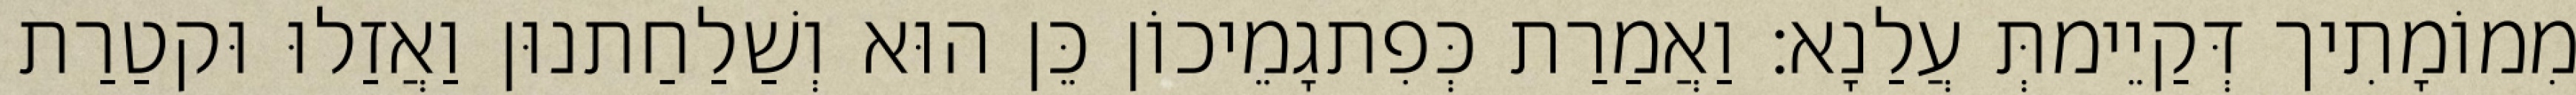
מִמוֹמָתִיך דְּקַיֵימתְּ עֲלַנָא׃ וַאֲמַרַת כְּפִתגָמֵיכוֹן כֵּן הוּא וְשַׁלַחַתנוּן וַאֲזַלוּ וּקטַרַת